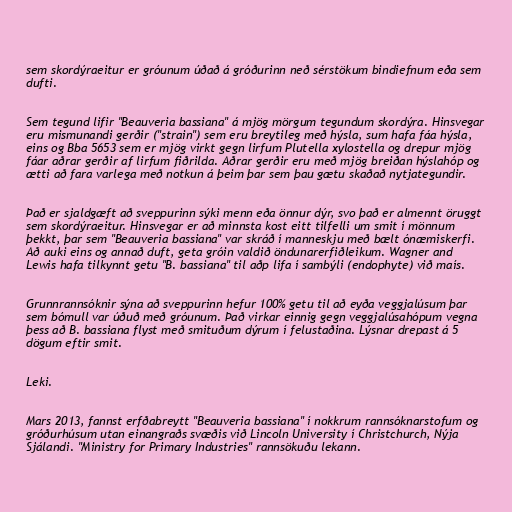
sem skordýraeitur er gróunum úðað á gróðurinn neð sérstökum bindiefnum eða sem
dufti.

Sem tegund lifir "Beauveria bassiana" á mjög mörgum tegundum skordýra. Hinsvegar
eru mismunandi gerðir ("strain") sem eru breytileg með hýsla, sum hafa fáa hýsla,
eins og Bba 5653 sem er mjög virkt gegn lirfum Plutella xylostella og drepur mjög
fáar aðrar gerðir af lirfum fiðrilda. Aðrar gerðir eru með mjög breiðan hýslahóp og
ætti að fara varlega með notkun á þeim þar sem þau gætu skaðað nytjategundir.

Það er sjaldgæft að sveppurinn sýki menn eða önnur dýr, svo það er almennt öruggt
sem skordýraeitur. Hinsvegar er að minnsta kost eitt tilfelli um smit í mönnum
þekkt, þar sem "Beauveria bassiana" var skráð í manneskju með bælt ónæmiskerfi.
Að auki eins og annað duft, geta gróin valdið öndunarerfiðleikum. Wagner and
Lewis hafa tilkynnt getu "B. bassiana" til aðp lifa í sambýli (endophyte) við maís.

Grunnrannsóknir sýna að sveppurinn hefur 100% getu til að eyða veggjalúsum þar
sem bómull var úðuð með gróunum. Það virkar einnig gegn veggjalúsahópum vegna
þess að B. bassiana flyst með smituðum dýrum í felustaðina. Lýsnar drepast á 5
dögum eftir smit.

Leki.

Mars 2013, fannst erfðabreytt "Beauveria bassiana" í nokkrum rannsóknarstofum og
gróðurhúsum utan einangraðs svæðis við Lincoln University í Christchurch, Nýja
Sjálandi. "Ministry for Primary Industries" rannsökuðu lekann.